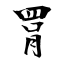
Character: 罥